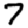
Digit: 7